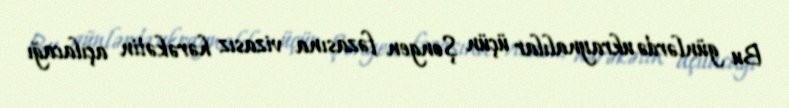
Bu günlərdə ukraynalılar üçün Şengen fəzasına vizasız hərəkətin açılacağı